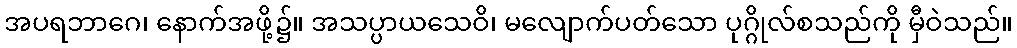
အပရဘာဂေ၊ နောက်အဖို့၌။ အသပ္ပာယသေဝိ၊ မလျောက်ပတ်သော ပုဂ္ဂိုလ်စသည်ကို မှီဝဲသည်။